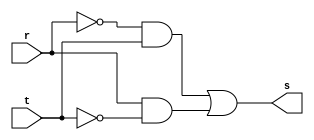
// ---------------------
// Guia 01 - Capitulo 3
// Nome: Karen Alves Pereira
// ---------------------

// ---------------------
// XOR
// -- xor gate
// ---------------------

 module xorgate (s, r, t);   //-- definindo a saida e as entradas
 output s;                   //-- saida
 input r, t;                 //-- entradas
 
 assign s = (~r) & t | r & (~t);    //-- operacao
 
 endmodule // fim xorgate        //-- fim modulo
 
 //------------------------
 //-- Teste xor gate
 //------------------------
 
 module testxorgate;       //-- teste
 reg r, t;                 //-- valores definidos (registradores)
 wire s;                   //-- valor alternado de acordo com a operacao
 
 xorgate XOR2(s, r, t);    //-- nomeando a porta
 
 initial begin
 		$display ("Guia 01 - Karen Alves Pereira - 407451");
		$display ("Teste XOR gate");
		$display ("\n(~r & t | r & ~t) = s\n");
		r=0; t=0;     //-- fornecendo valores
 #1	$display ("%b & %b = %b", r, t, s);   //-- em um instante, tem os valores fornecidos e gera a saida
 		r=0; t=1;                             //--imprimido na tela  
 #1	$display ("%b & %b = %b", r, t, s);
 		r=1; t=0;
 #1	$display ("%b & %b = %b", r, t, s);
 		r=1; t=1;
 #1	$display ("%b & %b = %b", r, t, s);
 end    //--fim inicial
 
 endmodule // -- fim testxorgate